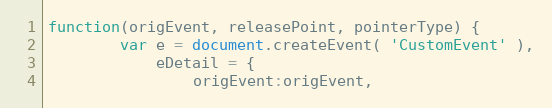
Language: JavaScript
function(origEvent, releasePoint, pointerType) {
		var e = document.createEvent( 'CustomEvent' ),
			eDetail = {
				origEvent:origEvent,